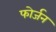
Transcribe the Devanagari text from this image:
फोर्जन